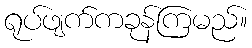
ရုပ်ဖျက်ကခုန်ကြမည်။